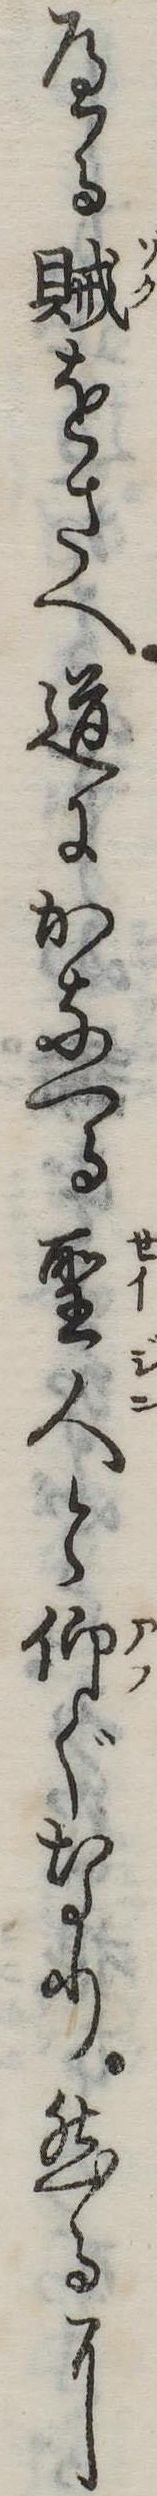
へる賊をさへ道にかなへる聖人と仰ぐなり然るに